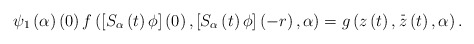
\begin{align*}\psi _{1}\left( \alpha \right) \left( 0\right) f\left( \left[ S_{\alpha}\left( t\right) \phi \right] \left( 0\right) ,\left[ S_{\alpha }\left(t\right) \phi \right] \left( -r\right) ,\alpha \right) =g\left( z\left(t\right) ,\overset{\_}{z}\left( t\right) ,\alpha \right) . \end{align*}